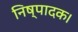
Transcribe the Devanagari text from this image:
निष्पादक।